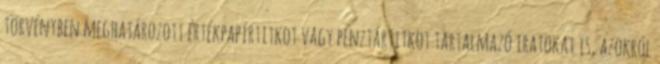
törvényben meghatározott értékpapírtitkot vagy pénztártitkot tartalmazó iratokat is, azokról